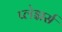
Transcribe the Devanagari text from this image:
प्लेझर्स